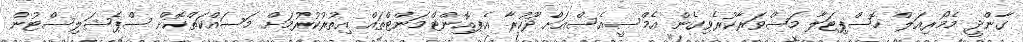
ގާންދީ މެމޯރިއަލް ހޮސްޕިޓަލާ މަޝްވަރާކުރެވިގެން އެމްސީއެސްއަށް ދޫކުރާ އެޕޮއިންޓްމަންޓްތައް އިތުރުކުރުމަށް މަސައްކަތްކޮށް ސްޕެޝަލިސްޓުން